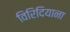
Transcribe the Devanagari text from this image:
विरिदियाना